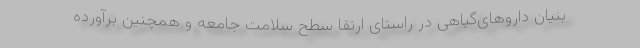
بنیان داروهای‌گیاهی در راستای ارتقا سطح سلامت جامعه و همچنین برآورده